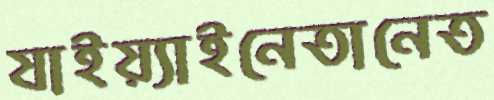
যাইয়্যাইনেতানেত